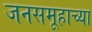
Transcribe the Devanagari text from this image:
जनसमूहाच्‍या